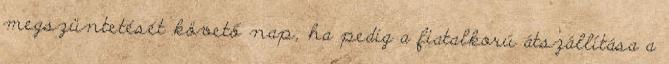
megszüntetését követő nap, ha pedig a fiatalkorú átszállítása a